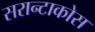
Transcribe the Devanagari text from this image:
सरान्टाकोस